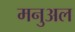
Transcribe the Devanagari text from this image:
मनुअल